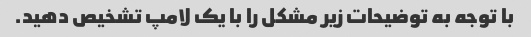
با توجه به توضیحات زیر مشکل را با یک لامپ تشخیص دهید.